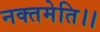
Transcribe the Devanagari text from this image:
नक्तमेति।।